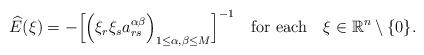
LaTeX: \begin{align*}\widehat{E}(\xi)=-\Bigl[\Bigl(\xi_r\xi_s a^{\alpha\beta}_{rs}\Bigr)_{1\leq \alpha,\beta\leq M}\Bigr]^{-1}\quad\mbox{for each}\quad\xi\in{\mathbb{R}}^n\setminus\{0\}.\end{align*}